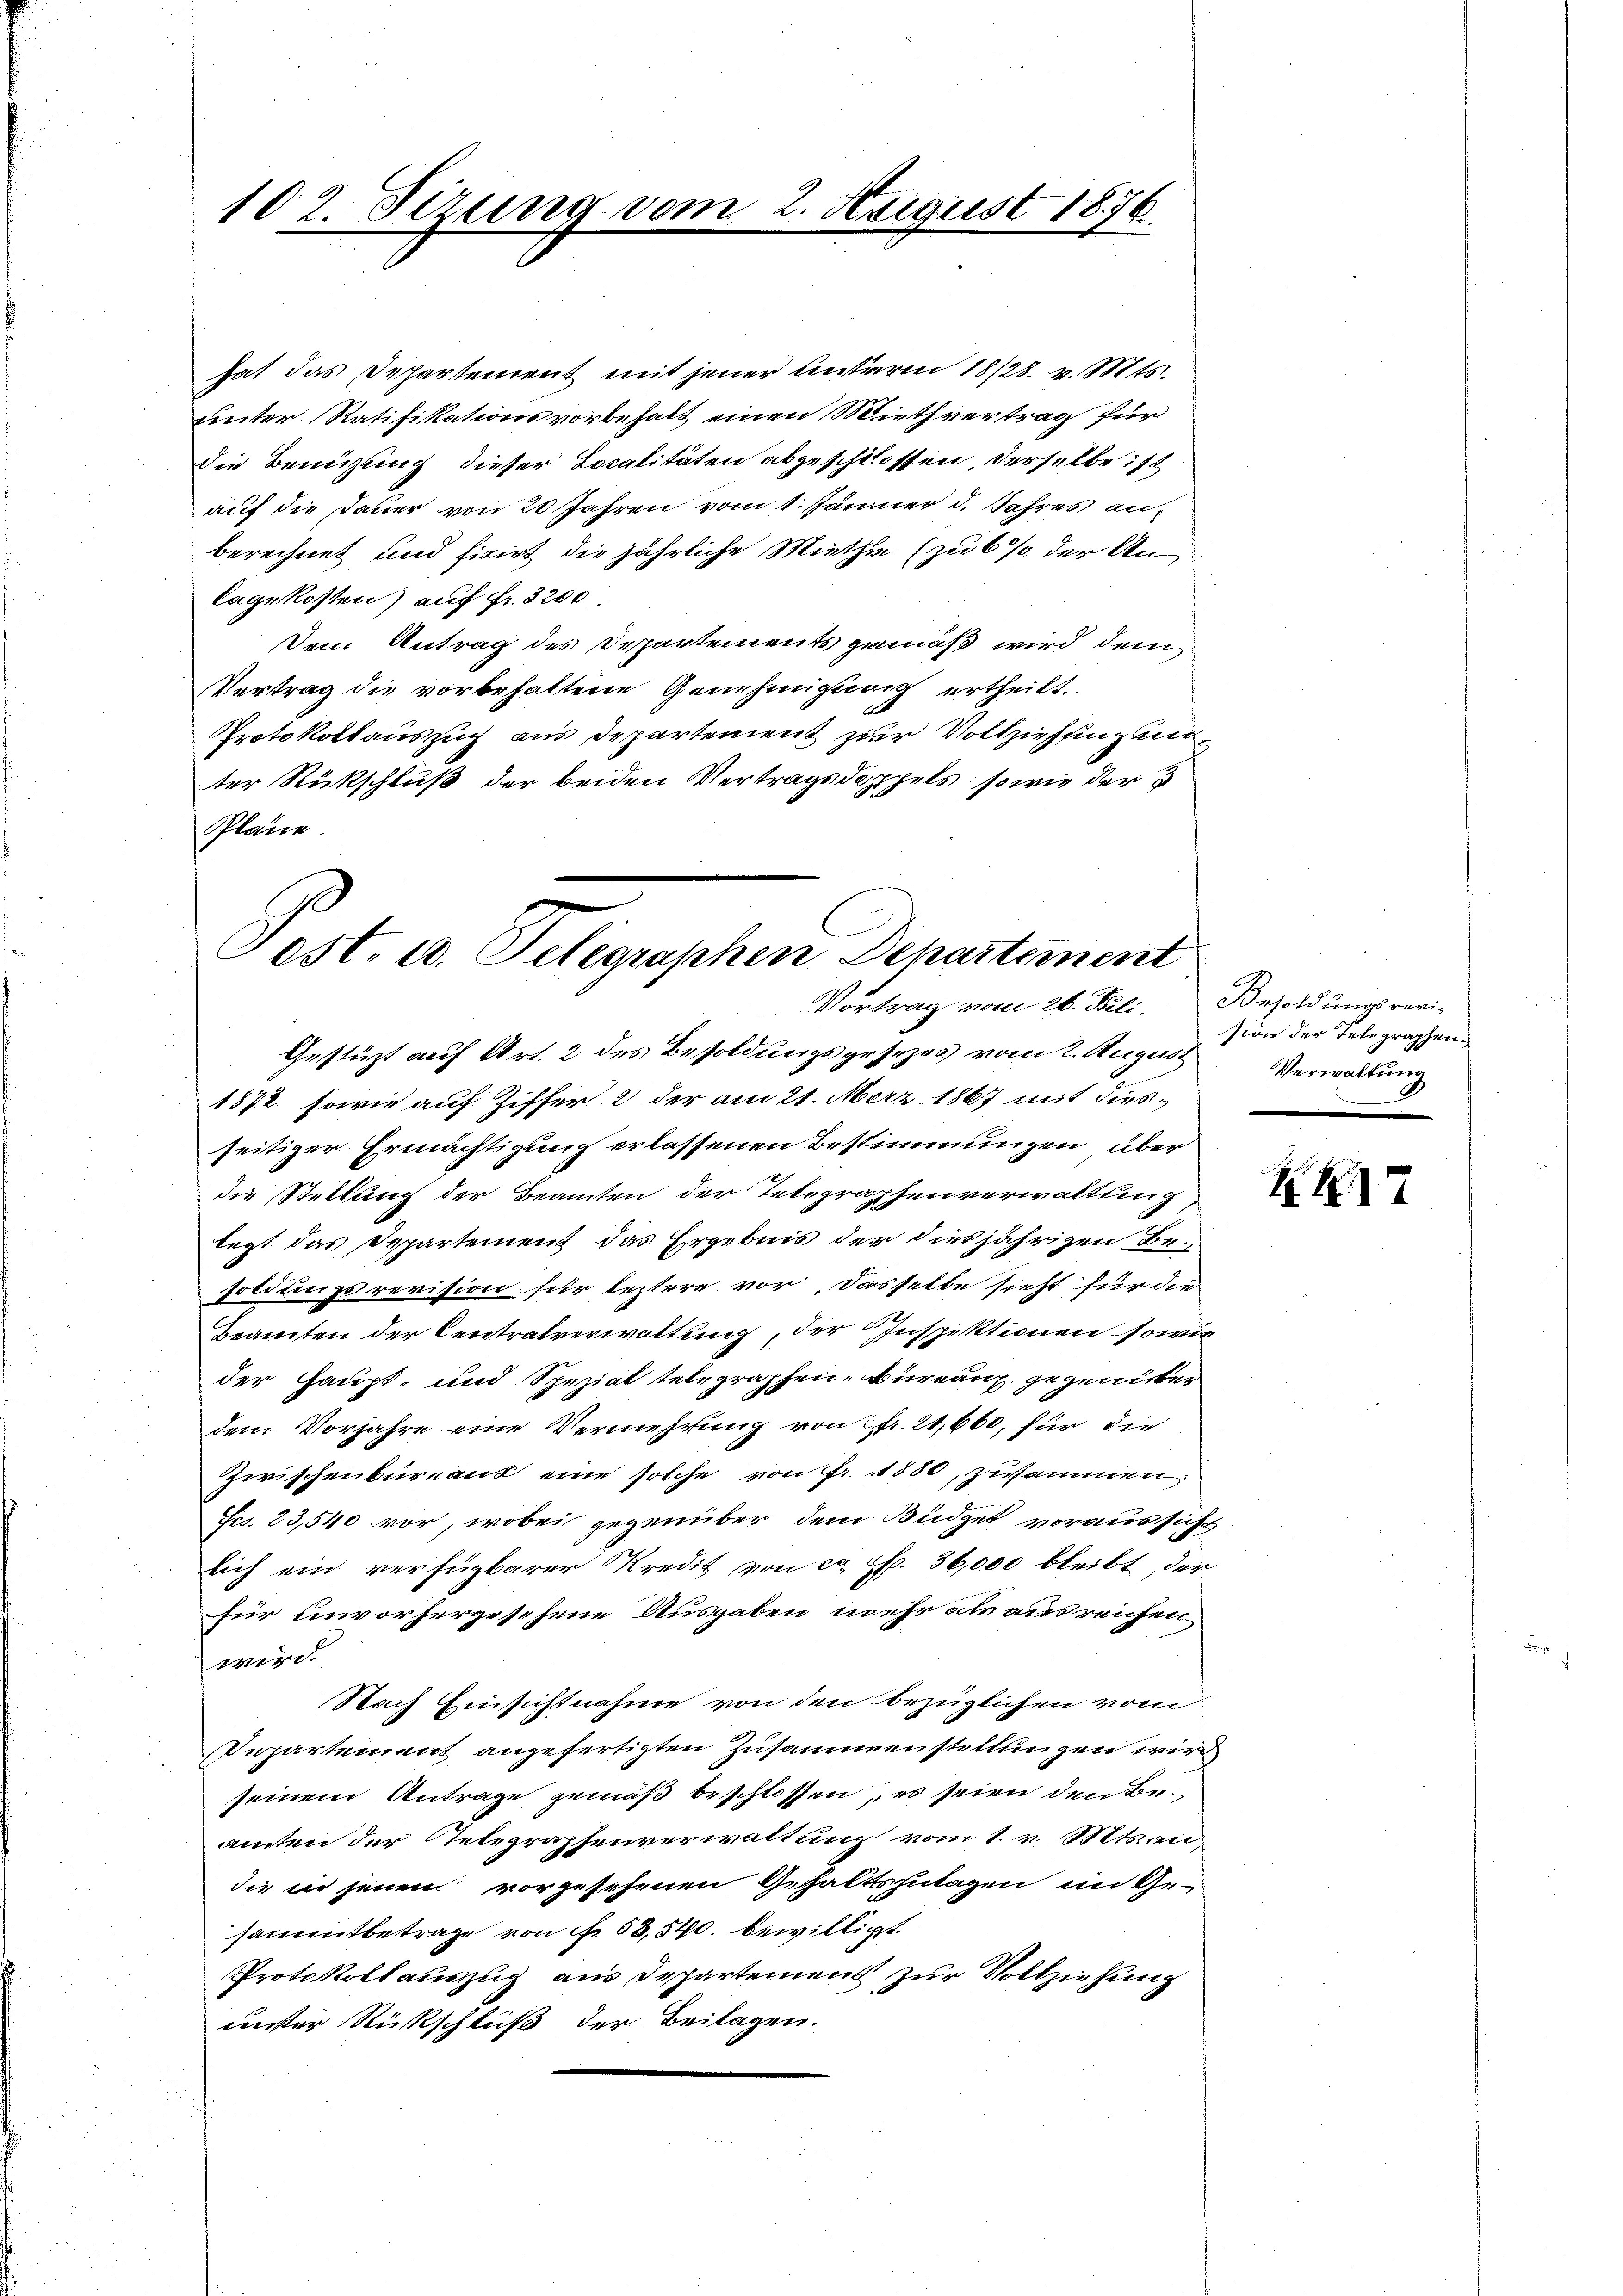
102. Firung vom 2. August 1876.

hat das Departement mit jener Unteren 1828. v. Mts.
unter Ratifikationsvorbehalt einen Miethvertrag für
die Benützung dieser Localitäten abgeschlossen, derselbe ist
auf die Dauer von 20 Jahren vom 1. Jänner d. Jahres an
berechnet und fixirt die jährliche Miethe (zu 6 % der An-
lagekosten) auf Fr. 3200.
Den Antrag des Departements gemäß wird dem
Vertrag die vorbehaltene Genehmigung ertheilt.
Protokollauszug aus Departement zur Vollziehung unter Rückschluß der beiden Vertragsdoppels, sowie der
Pläne.

Fest. 10. Telegraphen Departement
Vortrag vom 26. Deli. Besoldungsrevi-

Gestüzt auf Art. 2 des Besoldungsgesezes vom 2. August Verwaltung
1872 sowie auf Ziffer 2 der am 21. Merz 1867 mit diesseitiger Ermächtigung erlassenen Bestimmungen über
die Stellung der Beamten der Telegraphenverwaltung
legt das Departement das Ergebnis der diesjährigen Besoldungsrevision für leztere vor. Dasselbe sieht für die
Beamten der Centratverwaltung, der Inspektionen sowie
der Haupt- und Speziat telegraphen, Bureau gegenüber
dem Vorjahre eine Vermehrung von fr. 21,660, für die
Zwischenbureaus eine solche von Fr. 1880, zusammen
Frs. 23,540 vor, wobei gegenüber dem Büdget voraussicht
lich ein verfügbarer Kredit von ca. p. 36,000 bleibt, der
für einvorhergesehene Ausgaben mehr als ausreichen
wird.
Nach Einsichtnahme von den bezüglichen vom
Departement angefertigten Zusammenstellungen wird
seinem Antrage gemäß beschlossen, es seien den Beamten der Relegraphenverwaltung vom 1. v. Mts. an,
die in jenen vorgesehenen Gehaltszulagen im Ge-
sammtbetrage von No. 53,540. bewilligt.
Protokoll auszug aus Departement zur Vollziehung
muster Rückschluß der Beilagen.

sion der Telegraphen¬

17